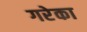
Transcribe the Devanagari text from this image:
गरेका